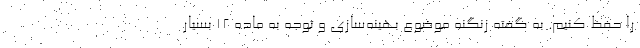
را حفظ کنیم. به گفته زنگنه موضوع بهینه‌سازی و توجه به ماده ۱۲ بسیار